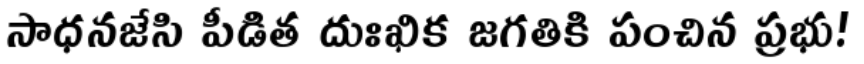
సాధనజేసి పీడిత దుఃఖిక జగతికి పంచిన ప్రభు!